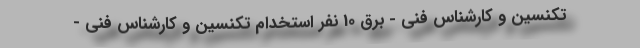
تکنسین و کارشناس فنی - برق 10 نفر استخدام تکنسین و کارشناس فنی -